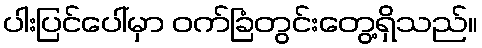
ပါးပြင်ပေါ်မှာ ဝက်ခြံတွင်းတွေ့ရှိသည်။